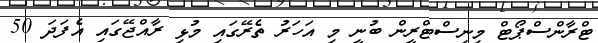
ޓްރާންސްޕޯޓް މިނިސްޓްރީން ބުނީ މި އަހަރު ތެރޭގައި މުޅި ރާއްޖޭގައި އެފަދަ 50